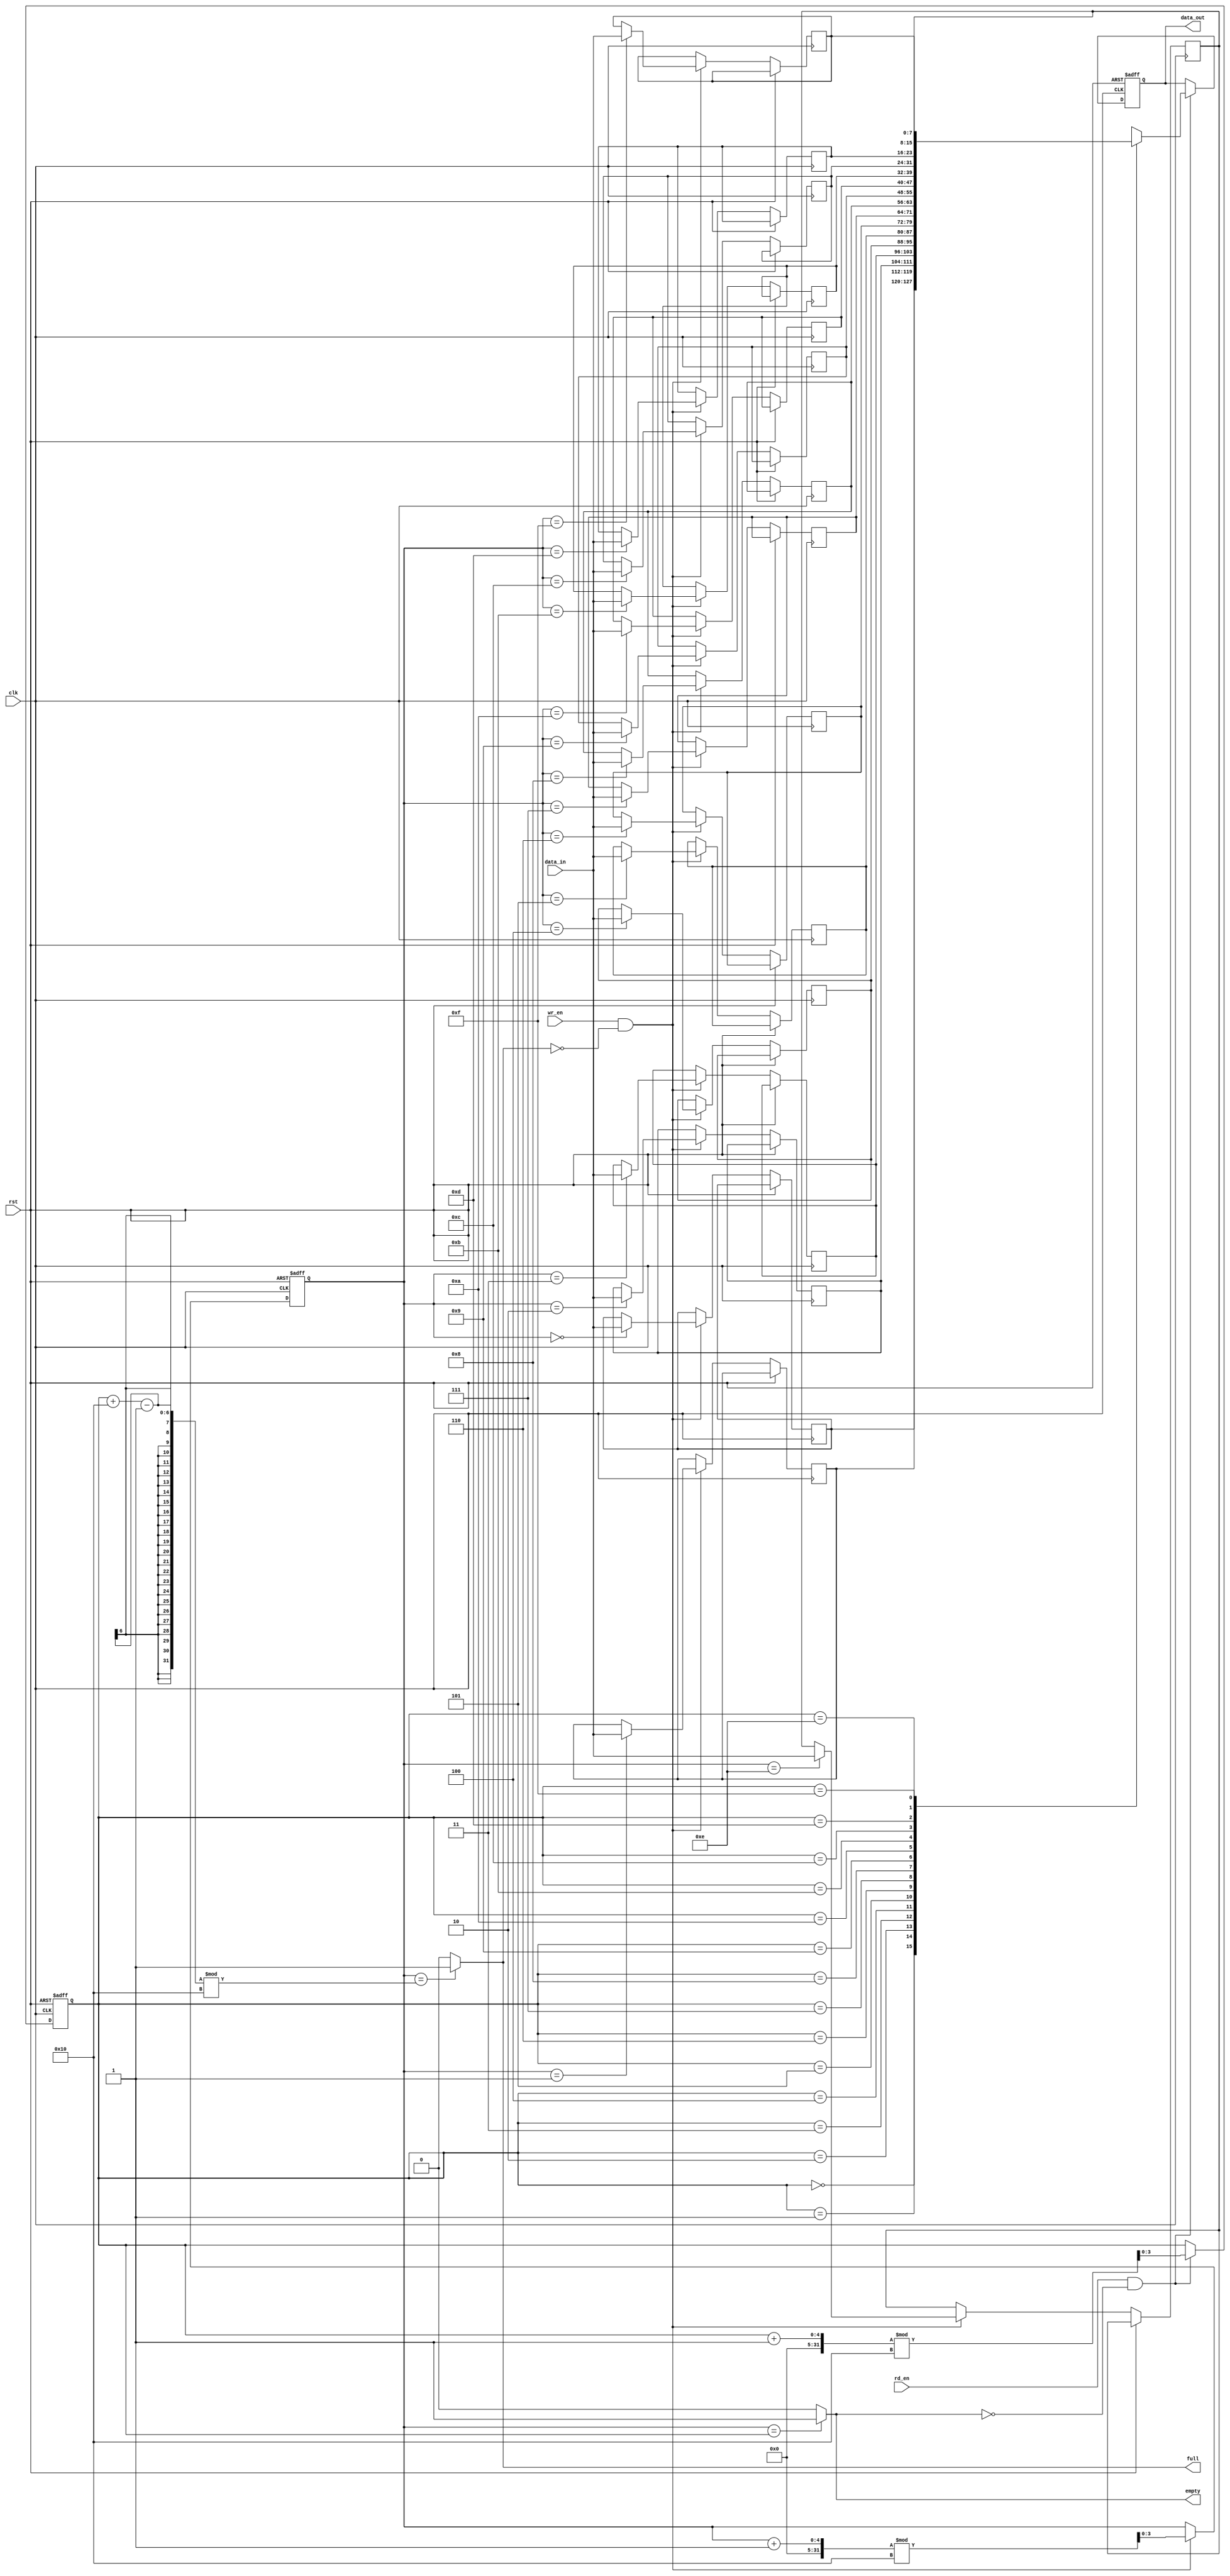
module FIFO #(
    parameter WIDTH = 8,       // Data width parameter
    parameter DEPTH = 16       // Depth parameter
) (
    input wire clk,            // Clock signal
    input wire rst,            // Reset signal
    input wire wr_en,          // Write enable signal
    input wire rd_en,          // Read enable signal
    input wire [WIDTH-1:0] data_in,  // Input data
    output reg [WIDTH-1:0] data_out, // Output data
    output wire full,          // Full flag
    output wire empty          // Empty flag
);

reg [WIDTH-1:0] mem [DEPTH-1:0];  // Storage array
reg [$clog2(DEPTH)-1:0] wr_ptr, rd_ptr;  // Write and read pointers

assign full = (wr_ptr == ((rd_ptr + DEPTH-1) % DEPTH)) ? 1'b1 : 1'b0;
assign empty = (wr_ptr == rd_ptr) ? 1'b1 : 1'b0;

always @(posedge clk or posedge rst) begin
    if (rst) begin
        wr_ptr <= 0;
        rd_ptr <= 0;
        data_out <= 0;
    end else begin
        if (wr_en && !full) begin
            mem[wr_ptr] <= data_in;
            wr_ptr <= (wr_ptr + 1) % DEPTH;
        end
        if (rd_en && !empty) begin
            data_out <= mem[rd_ptr];
            rd_ptr <= (rd_ptr + 1) % DEPTH;
        end
    end
end

endmodule